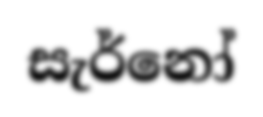
සැර්නෝ